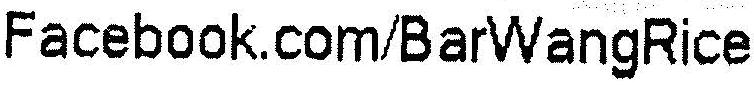
FACEBOOK.COM/BARWANGRICE